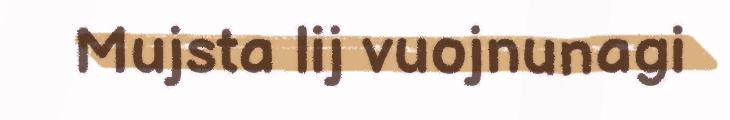
Mujsta lij vuojnunagi